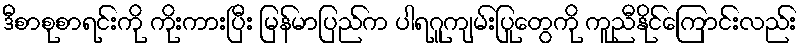
ဒီစာစုစာရင်းကို ကိုးကားပြီး မြန်မာပြည်က ပါရဂူကျမ်းပြုတွေကို ကူညီနိုင်ကြောင်းလည်း